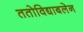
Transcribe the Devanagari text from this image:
ततोविद्याबलेन